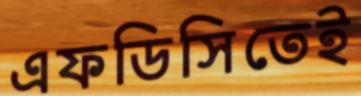
এফডিসিতেই